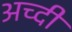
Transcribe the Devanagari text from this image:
अच्दी